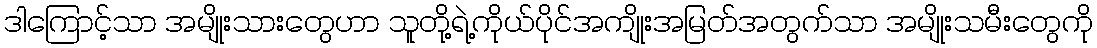
ဒါကြောင့်သာ အမျိုးသားတွေဟာ သူတို့ရဲ့ကိုယ်ပိုင်အကျိုးအမြတ်အတွက်သာ အမျိုးသမီးတွေကို